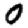
Digit: 0